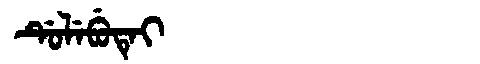
Manchu: ᡩᡠᠯᡝᠪᡠᡨᡝᡳ
Romanization: DULEBUTEI